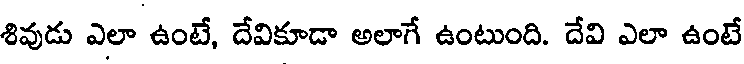
శివుడు ఎలా ఉంటే, దేవికూడా అలాగే ఉంటుంది. దేవి ఎలా ఉంటే